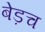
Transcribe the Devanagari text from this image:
बेड़च